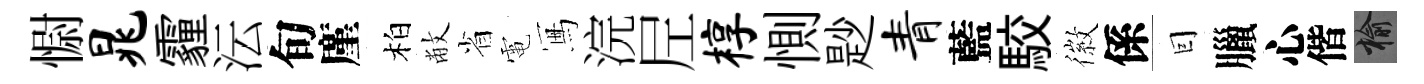
𢠢晁霾沄旬廑柏敝省電冩浣𡰱椁惻尟青藍駮徽係囙臘心偕榆